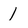
Character: 1